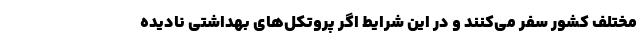
مختلف کشور سفر می‌کنند و در این شرایط اگر پروتکل‌های بهداشتی نادیده